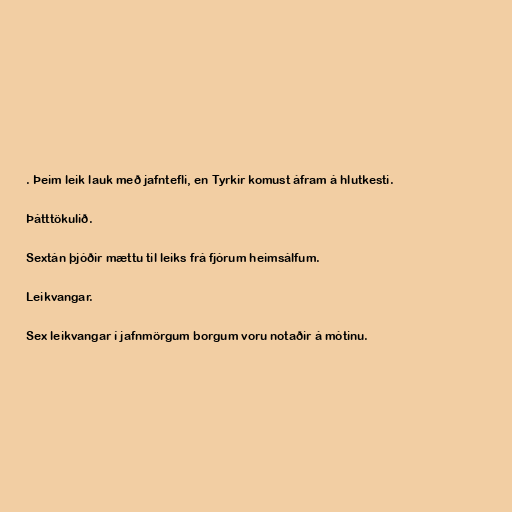
. Þeim leik lauk með jafntefli, en Tyrkir komust áfram á hlutkesti.

Þátttökulið.

Sextán þjóðir mættu til leiks frá fjórum heimsálfum.

Leikvangar.

Sex leikvangar í jafnmörgum borgum voru notaðir á mótinu.